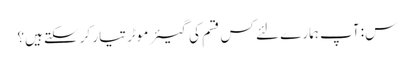
س: آپ ہمارے لئے کس قسم کی گیئر موٹر تیار کرسکتے ہیں؟